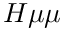
H \mu \mu